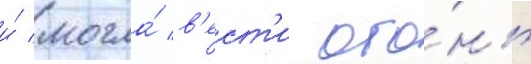
и́ могла́ в'ест'и ого́нь